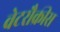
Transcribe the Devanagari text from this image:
वेटरौक्रीस